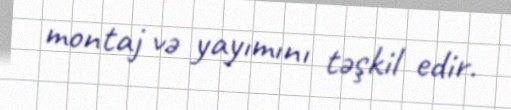
montaj və yayımını təşkil edir.